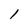
Character: 1